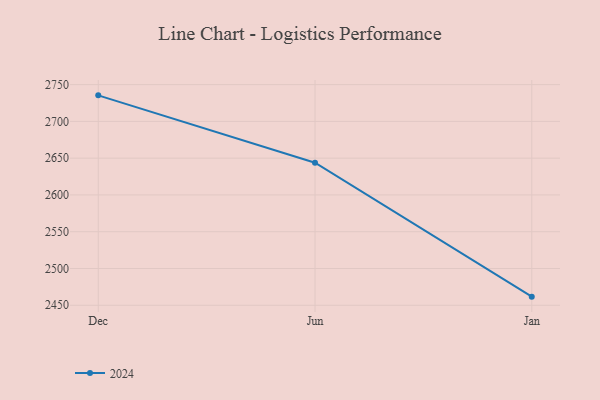
{"axis": {"x": "Month", "y": "Population (Million)"}, "legend": ["2024"], "data": [{"x": "Dec", "y": 2735.4, "type": "2024"}, {"x": "Jun", "y": 2643.8, "type": "2024"}, {"x": "Jan", "y": 2461.7, "type": "2024"}]}